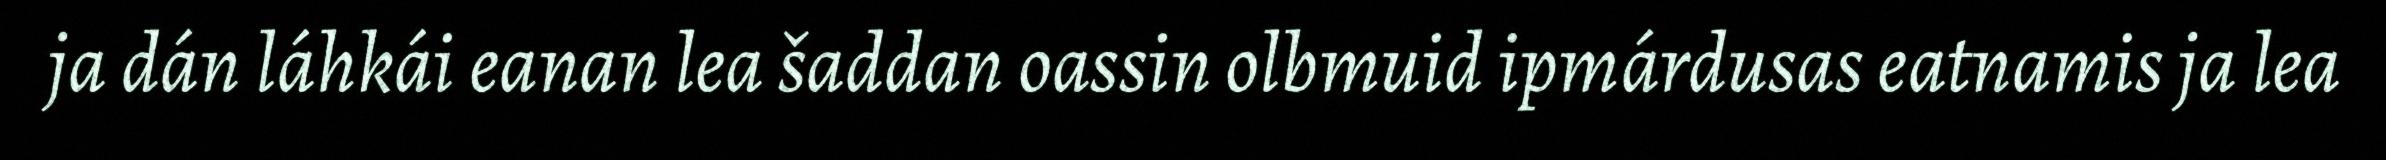
ja dán láhkái eanan lea šaddan oassin olbmuid ipmárdusas eatnamis ja lea